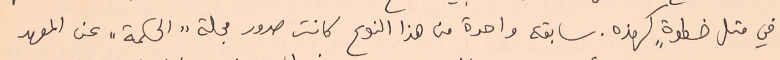
في مثل خطوةٍ كهذه. سابقة واحدة من هذا النوع كانت صدور مجلة "الحكمة" عن المعهد